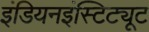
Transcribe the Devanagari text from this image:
इंडियनइंस्टिट्यूट